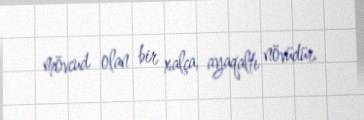
mövcud olan bir xalça, ayaqaltı növüdür.